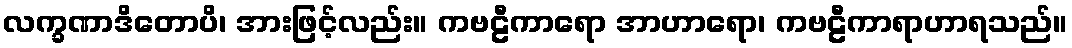
လက္ခဏာဒိတောပိ၊ အားဖြင့်လည်း။ ကဗဠီကာရော အာဟာရော၊ ကဗဠီကာရာဟာရသည်။